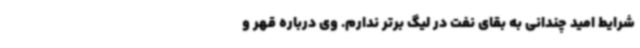
شرایط امید چندانی به بقای نفت در لیگ برتر ندارم. وی درباره قهر و